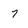
Character: 7